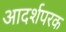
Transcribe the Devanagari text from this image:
आदर्शपरक